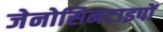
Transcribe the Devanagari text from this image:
जेनोसिनटाइपों